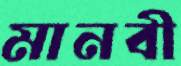
মানবী